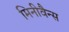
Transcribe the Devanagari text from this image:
मिनीवैन्स